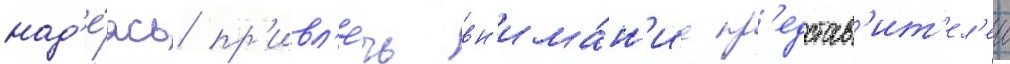
над'е́ясь пр'ивл'е́чь вн'има́н'ие пр'едстав'ит'ел'еи